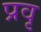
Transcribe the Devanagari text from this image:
प्रवृ